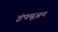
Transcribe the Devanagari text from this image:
इंफ्यूजन